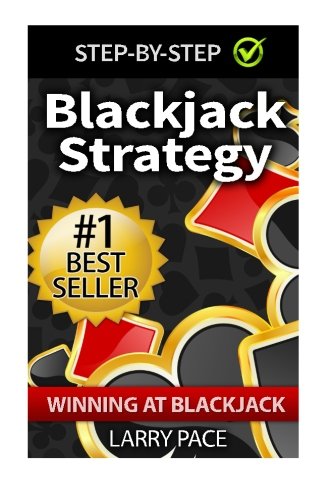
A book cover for Blackjack Strategy: Winning at Blackjack: Tips and Strategies for winning and dominating at the casino; Larry Pace; Humor & Entertainment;